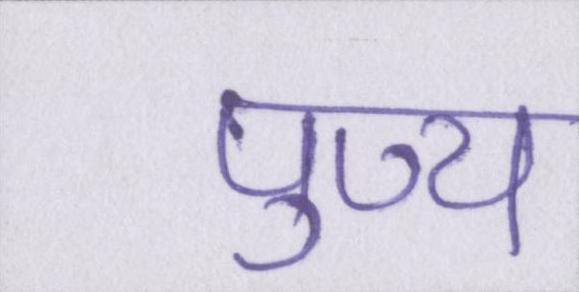
पुण्य